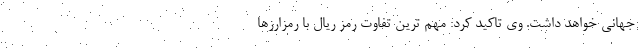
جهانی خواهد داشت. وی تاکید کرد: مهم ترین تفاوت رمز ریال با رمزارزها